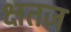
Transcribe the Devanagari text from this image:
क्षतज